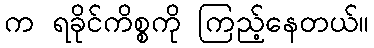
က ရခိုင်ကိစ္စကို ကြည့်နေတယ်။